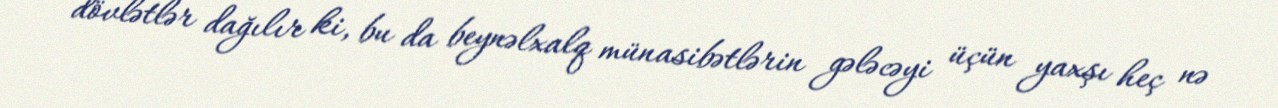
dövlətlər dağılır ki, bu da beynəlxalq münasibətlərin gələcəyi üçün yaxşı heç nə